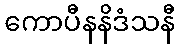
ကောပီနနိဒံသနီ